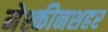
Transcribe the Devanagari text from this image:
मेश्कीनशहर